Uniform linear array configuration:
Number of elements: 48
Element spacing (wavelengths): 0.25
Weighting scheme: exponential
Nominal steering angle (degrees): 45
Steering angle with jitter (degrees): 43.458
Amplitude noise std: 0.05
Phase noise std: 0.05

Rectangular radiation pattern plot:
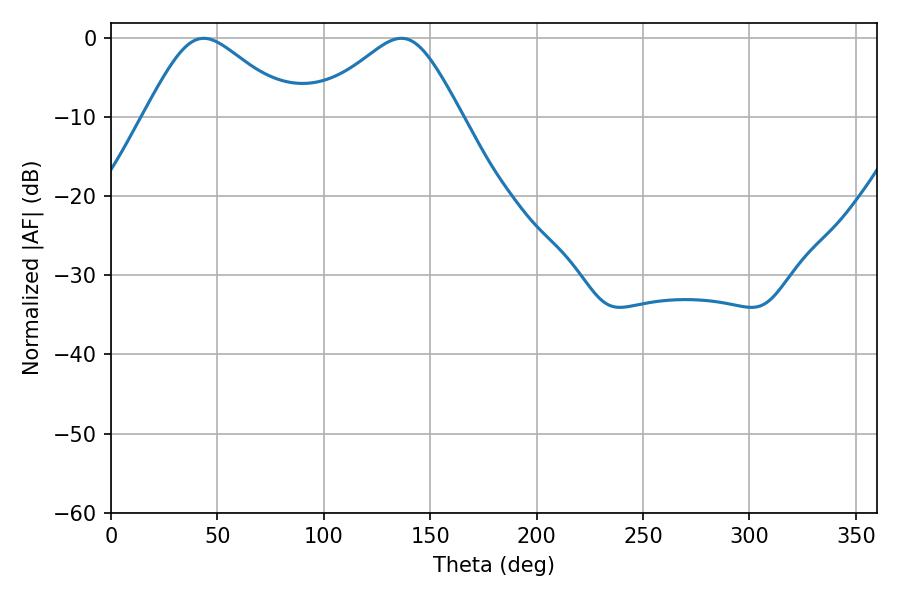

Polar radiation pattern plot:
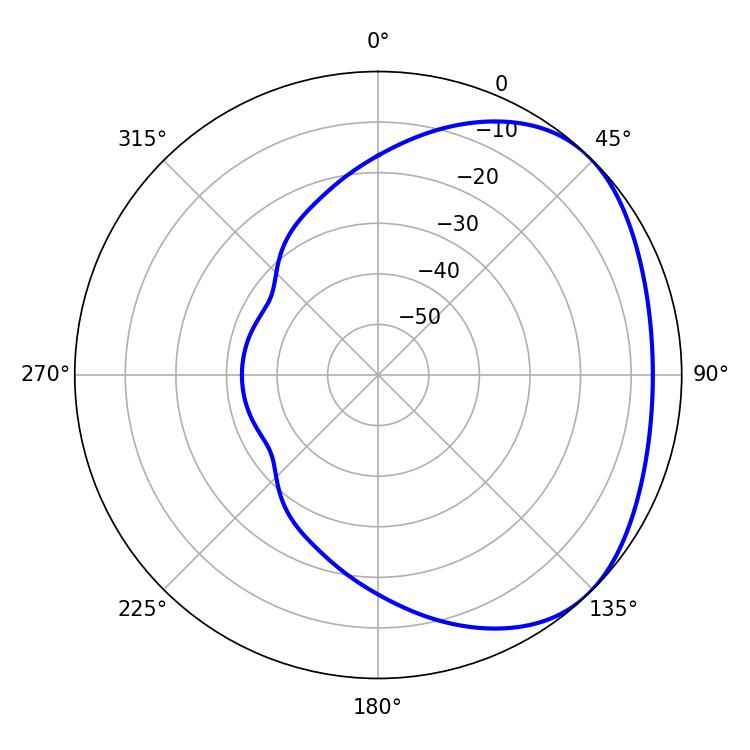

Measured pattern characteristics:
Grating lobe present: FALSE
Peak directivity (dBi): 2.898
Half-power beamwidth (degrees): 34.2
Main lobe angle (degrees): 43.56